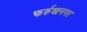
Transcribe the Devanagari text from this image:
फर्रुखनगर